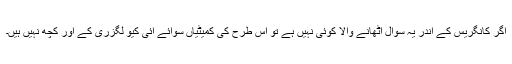
اگر کانگریس کے اندر یہ سوال اٹھانے والا کوئی نہیں ہے تو اس طرح کی کمیٹیاں سوائے آئی کیو لگزری کے اور کچھ نہیں ہیں۔